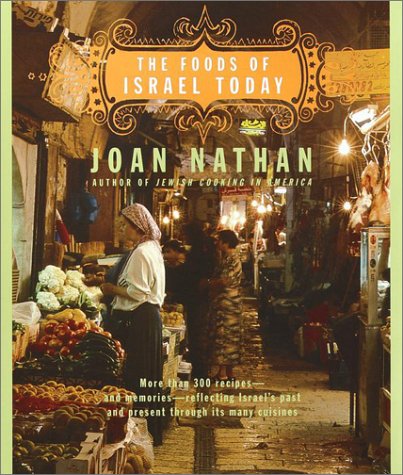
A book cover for The Foods of Israel Today; Joan Nathan; Cookbooks, Food & Wine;